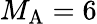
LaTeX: {M_{\mathrm{A}}}=6